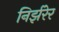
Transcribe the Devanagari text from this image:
निर्झरेर